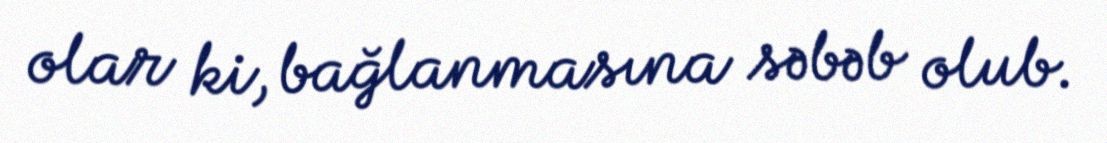
olar ki, bağlanmasına səbəb olub.